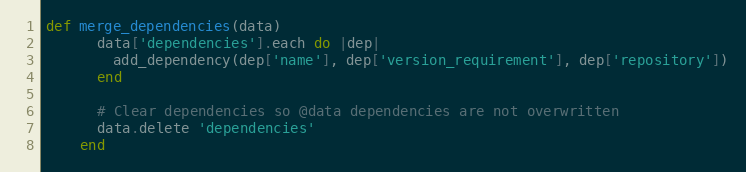
Language: Ruby
def merge_dependencies(data)
      data['dependencies'].each do |dep|
        add_dependency(dep['name'], dep['version_requirement'], dep['repository'])
      end

      # Clear dependencies so @data dependencies are not overwritten
      data.delete 'dependencies'
    end